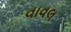
વાવલ